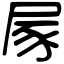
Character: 𡱰